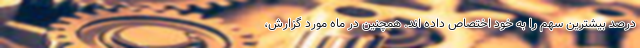
درصد بیشترین سهم را به خود اختصاص داده اند. همچنین در ماه مورد گزارش،